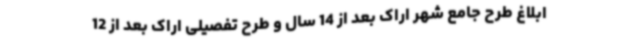
ابلاغ طرح جامع شهر اراک بعد از 14 سال و طرح تفصیلی اراک بعد از 12